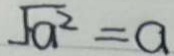
\sqrt { a ^ { 2 } } = a